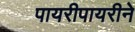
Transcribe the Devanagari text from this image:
पायरीपायरीने